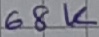
Text: 68K